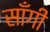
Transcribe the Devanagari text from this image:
साँगी